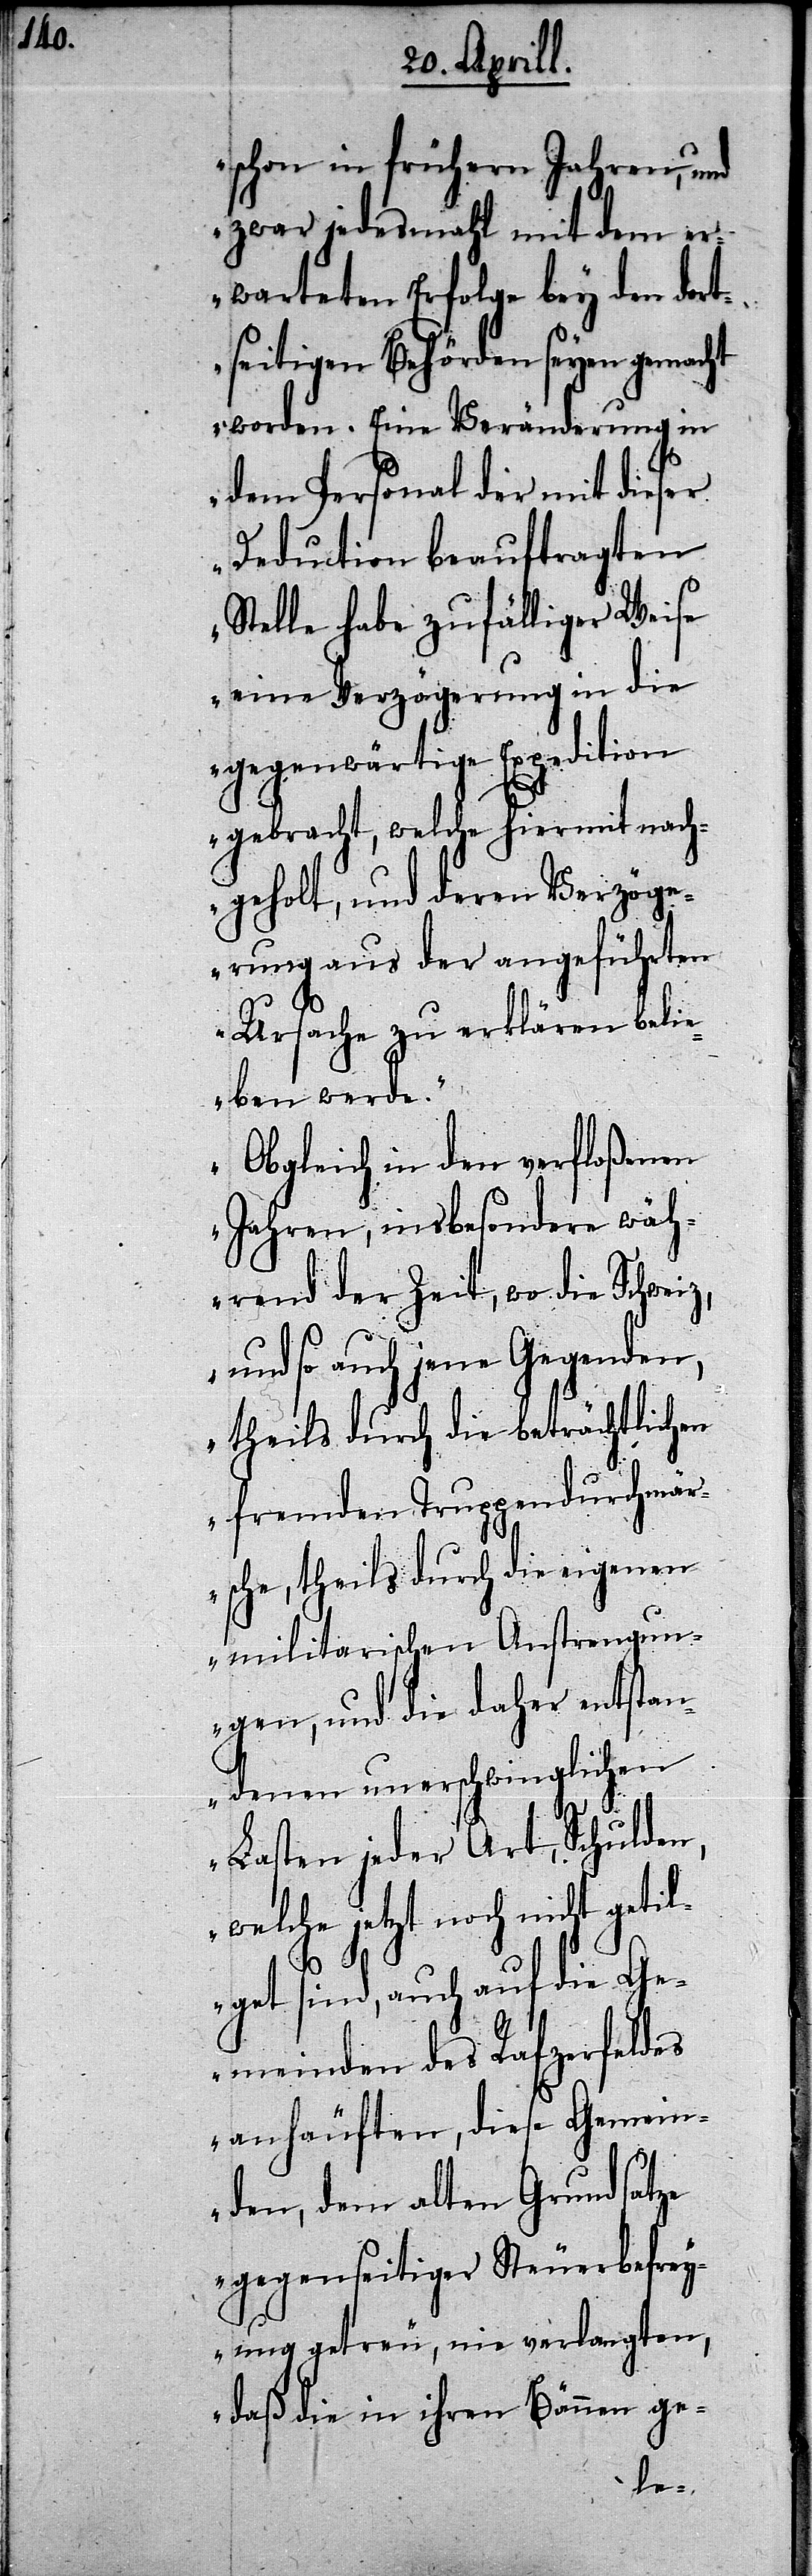
schon in frühern Jahren, und
zwar jedesmahl mit dem er¬
warteten Erfolge bey den dort¬
seitigen Behörden seyen gemacht
worden. Eine Veränderung in
dem Personal der mit dieser
Deduction beauftragten
Stelle habe zufälliger Weise
eine Verzögerung in die
gegenwärtige Expedition
gebracht, welche hiermit nach¬
geholt, und deren Verzög¬
erung aus der angeführten
Ursache zu erklären beli¬
eben werde.
Obgleich in den verfloßenen
Jahren, insbesondere wäh¬
rend der Zeit, wo die Schwei¬
z, und so auch jene Gegenden,
theils durch die beträchtlichen
fremden Truppendurchmär¬
sche, theils durch die eigenen
militarischen Anstrengun¬
gen, und die daher entstan¬
denen unerschwinglichen
Lasten jeder Art, Schulden,
welche jetzt noch nicht getil¬
gt sind, auch auf die Ge¬
meinden des Rafzerfeldes
anhäuften, diese Gemein¬
den, dem alten Grundsatze
gegenseitiger Steuerbefrey¬
ung getreu, nie verlangten,
daß die in ihren Bännen ge-